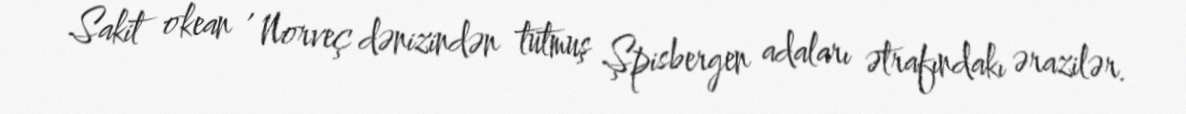
Sakit okean , Norveç dənizindən tutmuş Şpisbergen adaları ətrafındakı ərazilər.